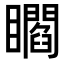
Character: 𥌸